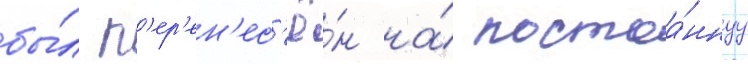
бы́л п'ер'ен'ес'ё́н на́ постоа́ннуу